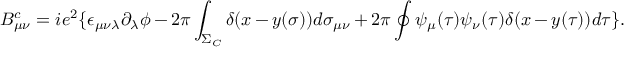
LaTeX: B _ { \mu \nu } ^ { c } = i e ^ { 2 } \{ \epsilon _ { \mu \nu \lambda } \partial _ { \lambda } \phi - 2 \pi \int _ { \Sigma _ { C } } \delta ( x - y ( \sigma ) ) d \sigma _ { \mu \nu } + 2 \pi \oint \psi _ { \mu } ( \tau ) \psi _ { \nu } ( \tau ) \delta ( x - y ( \tau ) ) d \tau \} .